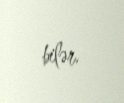
bilər.